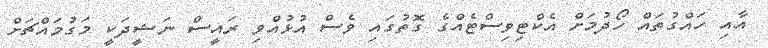
އާއި ހައްގުތައް ހޯދުމަށް އެކްޓިވިސްޓެއްގެ ގޮތުގައި ވެސް އުޅުއްވި ރައީސް ނަޝީދަކީ މަގުމައްޗަށް